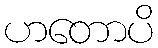
ဟတောပိ